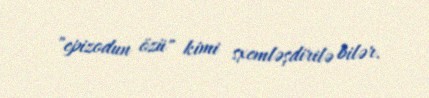
"epizodun özü" kimi sxemləşdirilə bilər.